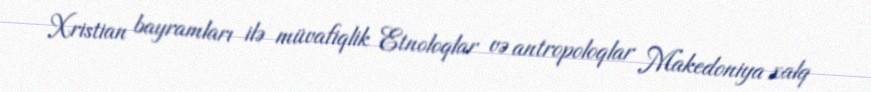
Xristian bayramları ilə müvafiqlik Etnoloqlar və antropoloqlar Makedoniya xalq